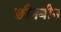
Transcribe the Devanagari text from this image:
छीनबीन